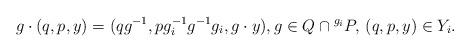
LaTeX: \begin{align*}g\cdot(q,p,y)=(qg^{-1},pg_i^{-1}g^{-1}g_i,g\cdot y),g\in Q\cap{}^{g_i}P,\,(q,p,y)\in Y_i.\end{align*}